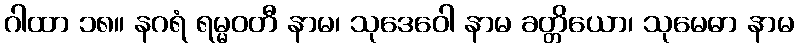
ဂါထာ ၁၈။ နဂရံ ရမ္မဝတီ နာမ၊ သုဒေဝေါ နာမ ခတ္တိယော၊ သုမေဓာ နာမ